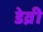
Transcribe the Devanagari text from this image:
डेव्री